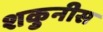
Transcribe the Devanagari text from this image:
शकुनीस